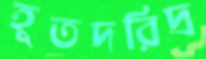
হূতদরিদ্র